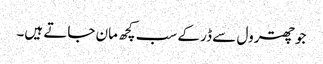
جو چھترول سے ڈر کے سب کچھ مان جاتے ہیں۔